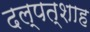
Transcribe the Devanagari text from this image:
दल्पत्शाह